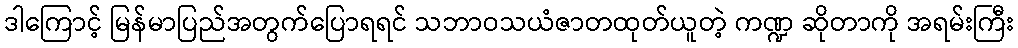
ဒါကြောင့် မြန်မာပြည်အတွက်ပြောရရင် သဘာဝသယံဇာတထုတ်ယူတဲ့ ကဏ္ဍ ဆိုတာကို အရမ်းကြီး